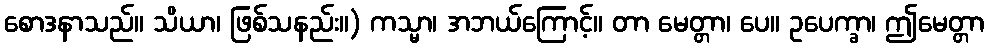
စောဒနာသည်။ သိယာ၊ ဖြစ်သနည်း။) ကသ္မာ၊ အဘယ်ကြောင့်။ တာ မေတ္တာ၊ ပေ။ ဥပေက္ခာ၊ ဤမေတ္တာ